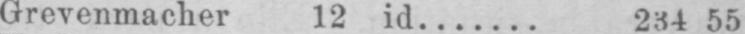
Grevenmacher 12 id....... 234 55